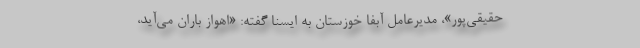
حقيقي‌پور»، مديرعامل آبفا خوزستان به ايسنا گفته: «اهواز باران مي‌آيد،